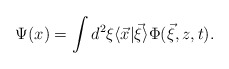
\begin{align*}\Psi(x)=\int d^{2}\xi\langle\vec{x}|\vec{\xi}\rangle\Phi(\vec{\xi},z,t).\end{align*}